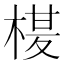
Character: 𭪶